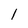
Character: l